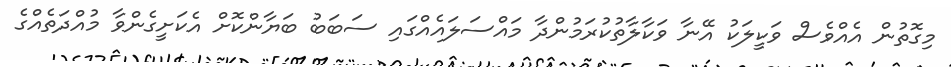
މިގޮތުން އެއްވެސް ވަކީލަކު އޭނާ ވަކާލާތުކުރަމުންދާ މައްސަލައެއްގައި ސަބަބު ބަޔާންކޮށް އެކަށީގެންވާ މުއްދަތެއްގެ